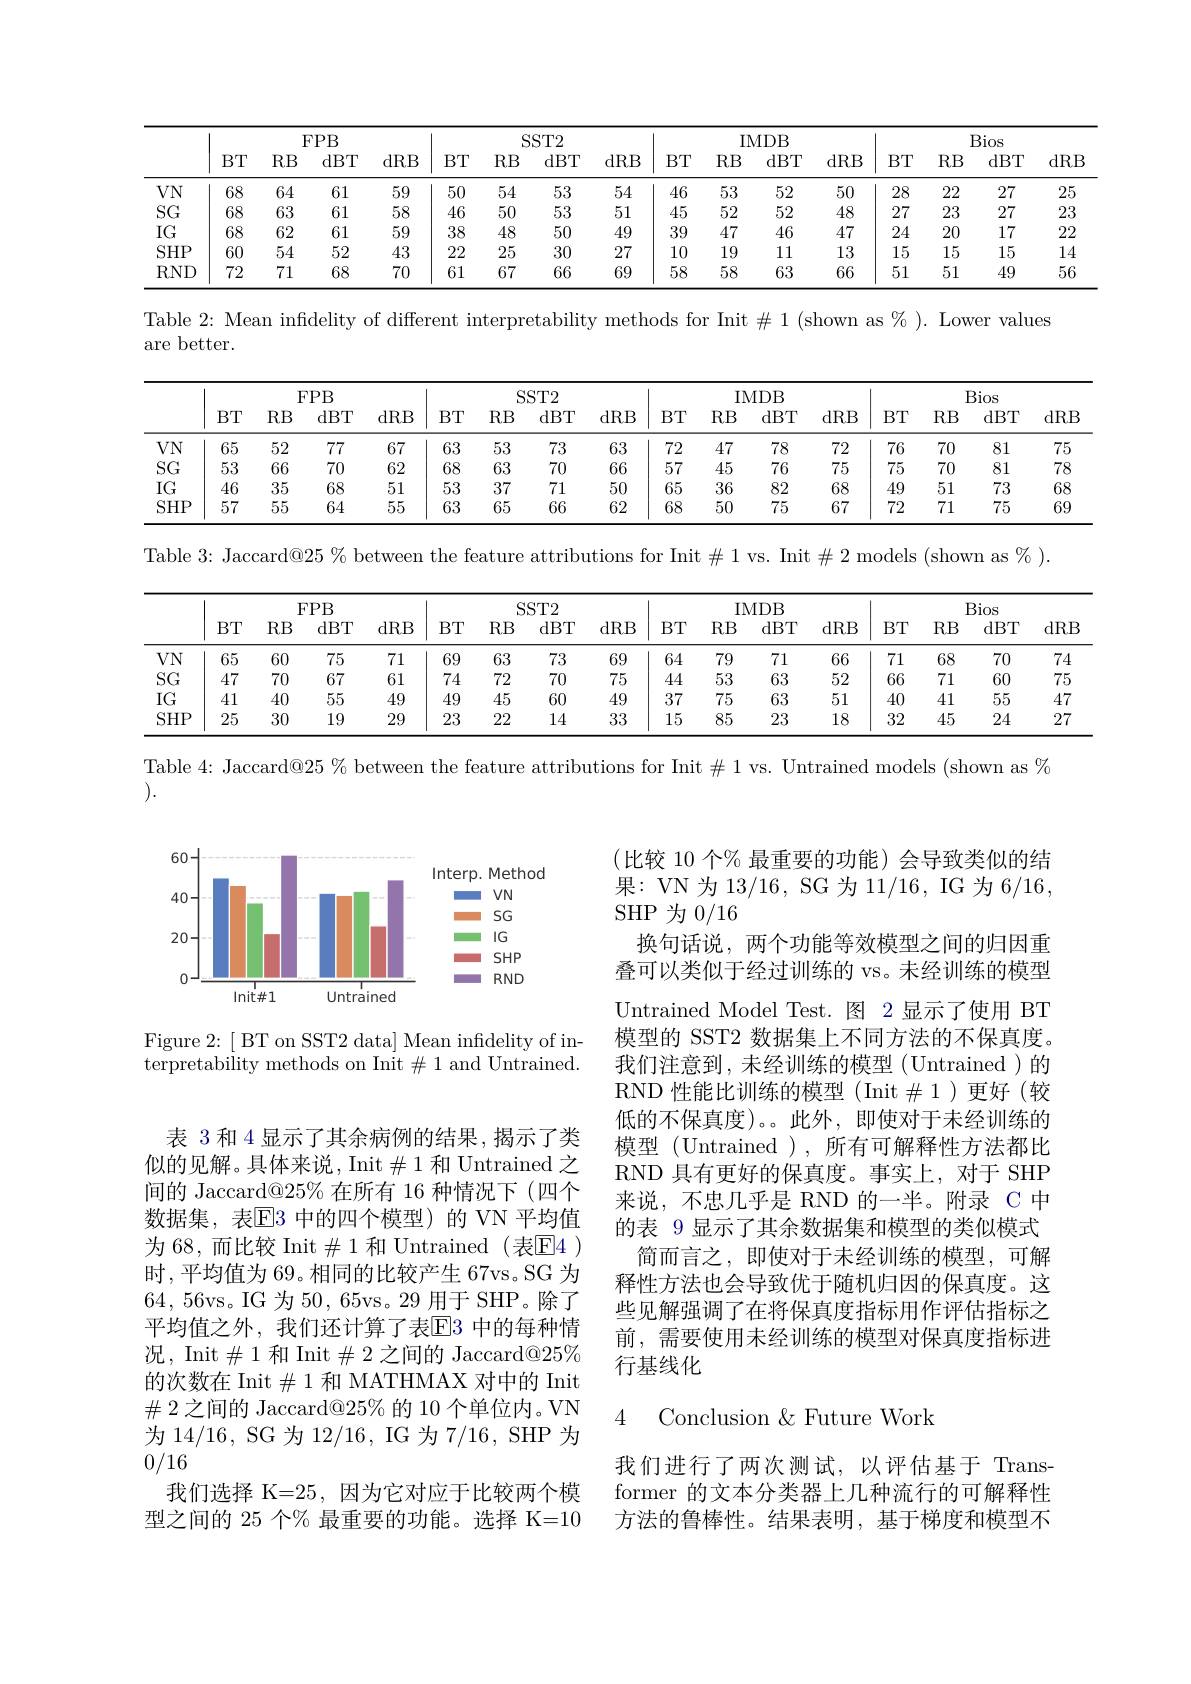
<table>
	<tbody>
		<tr>
			<th> </th>
			<th colspan="4">$FPB$</th>
			<th> </th>
			<th colspan="2">$SST2$</th>
			<th colspan="4">IMDB</th>
			<th> </th>
			<th colspan="3">Bios</th>
		</tr>
		<tr>
			<th> </th>
			<th>$BT$</th>
			<th>$RB$</th>
			<th>dBT</th>
			<th>$1RB$</th>
			<th>$BT$</th>
			<th>dBT</th>
			<th>dRB</th>
			<th>$BT$</th>
			<th>$RB$</th>
			<th>dBT 5</th>
			<th>dRB</th>
			<th>$BT$</th>
			<th>$RB$</th>
			<th>dBT</th>
			<th>dRB</th>
		</tr>
		<tr>
			<td>$VN$</td>
			<td>68</td>
			<td>64</td>
			<td>61</td>
			<td>59</td>
			<td>50</td>
			<td>53</td>
			<td>54</td>
			<td>46</td>
			<td>53</td>
			<td>52</td>
			<td>50</td>
			<td>28</td>
			<td>22</td>
			<td>27</td>
			<td>25</td>
		</tr>
		<tr>
			<td>$SG$</td>
			<td>68</td>
			<td>63</td>
			<td>61</td>
			<td>58</td>
			<td>46</td>
			<td>53</td>
			<td>51</td>
			<td>45</td>
			<td>52</td>
			<td>52</td>
			<td>48</td>
			<td>27</td>
			<td>23</td>
			<td>27</td>
			<td>23</td>
		</tr>
		<tr>
			<td>$IG$</td>
			<td>68</td>
			<td>62</td>
			<td>61</td>
			<td>59</td>
			<td>38</td>
			<td>50</td>
			<td>49</td>
			<td>39</td>
			<td>47</td>
			<td>46</td>
			<td>47</td>
			<td>24</td>
			<td>20</td>
			<td>17</td>
			<td>22</td>
		</tr>
		<tr>
			<td>$SHP$</td>
			<td>60</td>
			<td>54</td>
			<td>52</td>
			<td>43</td>
			<td>22</td>
			<td>30</td>
			<td>27</td>
			<td>10</td>
			<td>19</td>
			<td>111</td>
			<td>13</td>
			<td>15</td>
			<td>15</td>
			<td>15</td>
			<td>14</td>
		</tr>
		<tr>
			<td>$RND$</td>
			<td>72</td>
			<td>71</td>
			<td>68</td>
			<td>70</td>
			<td>61</td>
			<td>66</td>
			<td>69</td>
			<td>58</td>
			<td>58</td>
			<td>63</td>
			<td>66</td>
			<td>51</td>
			<td>51</td>
			<td>49</td>
			<td>56</td>
		</tr>
	</tbody>
</table>

Table 2: Mean infdelity of different interpretability methods for Init $\#1$ (shown as $\%).$ Lower values

are better.

<table>
	<tbody>
		<tr>
			<th> </th>
			<th colspan="4">$FPB$</th>
			<th rowspan="1">$SST2$</th>
			<th colspan="3">$SST2$</th>
			<th colspan="4">IMDB</th>
			<th> </th>
			<th colspan="3">Bios</th>
		</tr>
		<tr>
			<th> </th>
			<th>$BT$</th>
			<th>$RB$</th>
			<th>dBT</th>
			<th>dRB</th>
			<th>$BT$</th>
			<th>dBT</th>
			<th>dBT</th>
			<th>dRB</th>
			<th>$BT$</th>
			<th>$RB$</th>
			<th>dBT</th>
			<th>dRB</th>
			<th>$BT$</th>
			<th>$RB$</th>
			<th>dBT</th>
			<th>dRB</th>
		</tr>
		<tr>
			<td>$VN$</td>
			<td>65</td>
			<td>52</td>
			<td>77</td>
			<td>67</td>
			<td>63</td>
			<td>73</td>
			<td>73</td>
			<td>63</td>
			<td>72</td>
			<td>47</td>
			<td>78</td>
			<td>72</td>
			<td>76</td>
			<td>70</td>
			<td>81</td>
			<td>75</td>
		</tr>
		<tr>
			<td>$SG$</td>
			<td>53</td>
			<td>66</td>
			<td>70</td>
			<td>62</td>
			<td>68</td>
			<td>70</td>
			<td>70</td>
			<td>66</td>
			<td>57</td>
			<td>45</td>
			<td>76</td>
			<td>75</td>
			<td>75</td>
			<td>70</td>
			<td>81</td>
			<td>78</td>
		</tr>
		<tr>
			<td>$IG$</td>
			<td>46</td>
			<td>35</td>
			<td>68</td>
			<td>51</td>
			<td>53</td>
			<td>71</td>
			<td>71</td>
			<td>50</td>
			<td>65</td>
			<td>36</td>
			<td>82</td>
			<td>68</td>
			<td>49</td>
			<td>51</td>
			<td>73</td>
			<td>68</td>
		</tr>
		<tr>
			<td>$SHP$</td>
			<td>57</td>
			<td>55</td>
			<td>64</td>
			<td>55</td>
			<td>63</td>
			<td>66</td>
			<td>66</td>
			<td>62</td>
			<td>68</td>
			<td>50</td>
			<td>75</td>
			<td>67</td>
			<td>72</td>
			<td>71</td>
			<td>75</td>
			<td>69</td>
		</tr>
	</tbody>
</table>

Table 3: Jaccard@25 % between the feature attributions for Init #1 vs. Init #2 models (shown as % ).

<table>
	<tbody>
		<tr>
			<th> </th>
			<th colspan="3">$FPB$</th>
			<th> </th>
			<th> </th>
			<th colspan="2">$SST2$</th>
			<th colspan="5">IMDB</th>
			<th> </th>
			<th colspan="3">Bios</th>
		</tr>
		<tr>
			<th> </th>
			<th>$BT$</th>
			<th>$RB$</th>
			<th>dBT</th>
			<th>$1RB$</th>
			<th>$:T$ $F$</th>
			<th>dBT</th>
			<th>dRB</th>
			<th>$BT$</th>
			<th>$BT$</th>
			<th>$RB$</th>
			<th>dBT</th>
			<th>dRB</th>
			<th>$BT$</th>
			<th>$RB$</th>
			<th>dBT</th>
			<th>dRE</th>
		</tr>
		<tr>
			<td>$VN$</td>
			<td>65</td>
			<td>60</td>
			<td>75</td>
			<td>71</td>
			<td>$i9$</td>
			<td>73</td>
			<td>69</td>
			<td>64</td>
			<td>64</td>
			<td>79</td>
			<td>71</td>
			<td>66</td>
			<td>71</td>
			<td>68</td>
			<td>70</td>
			<td>74</td>
		</tr>
		<tr>
			<td>$SG$</td>
			<td>47</td>
			<td>70</td>
			<td>67</td>
			<td>61</td>
			<td>$'4$</td>
			<td>70</td>
			<td>75</td>
			<td>444</td>
			<td>444</td>
			<td>53</td>
			<td>63</td>
			<td>52</td>
			<td>66</td>
			<td>71</td>
			<td>60</td>
			<td>75</td>
		</tr>
		<tr>
			<td>$IG$</td>
			<td>41</td>
			<td>40</td>
			<td>55</td>
			<td>49</td>
			<td>[9</td>
			<td>60</td>
			<td>49</td>
			<td>37</td>
			<td>37</td>
			<td>75</td>
			<td>63</td>
			<td>51</td>
			<td>40</td>
			<td>41</td>
			<td>55</td>
			<td>47</td>
		</tr>
		<tr>
			<td>$SHP$</td>
			<td>25</td>
			<td>30</td>
			<td>19</td>
			<td>29</td>
			<td>:3</td>
			<td>14</td>
			<td>33</td>
			<td>15</td>
			<td>15</td>
			<td>85</td>
			<td>23</td>
			<td>18</td>
			<td>32</td>
			<td>45</td>
			<td>24</td>
			<td>27</td>
		</tr>
	</tbody>
</table>

Table 4: Jaccard@25 % between the feature attributions for Init $\#1$ vs. Untrained models (shown as %

).

<FigureHere>

Figure 2: [ BT on SST2 data] Mean infidelity of interpretability methods on Init$\#1$ and Untrained.

(比较 10 个% 最重要的功能)会导致类似的结果：VN 为 13/16, SG 为 11/16, IG 为 6/16, SHP 为0/16
换句话说，两个功能等效模型之间的归因重叠可以类似于经过训练的 vs。未经训练的模型Untrained Model Test. 图 2 显示了使用 BT 模型的 SST2 数据集上不同方法的不保真度。我们注意到，未经训练的模型(Untrained)的RND 性能比训练的模型 (Init$\#1$)更好(较低的不保真度)。此外，即使对于未经训练的模型 (Untrained ),所有可解释性方法都比RND 具有更好的保真度。事实上，对于 SHP 来说，不忠几乎是 RND 的一半。附录 C 中的表 9 显示了其余数据集和模型的类似模式
简而言之，即使对于未经训练的模型，可解释性方法也会导致优于随机归因的保真度。这些见解强调了在将保真度指标用作评估指标之前，需要使用未经训练的模型对保真度指标进行基线化

表 3 和 4 显示了其余病例的结果，揭示了类似的见解。具体来说，Init$\#$1 和 Untrained 之间的 Jaccard@25% 在所有 16 种情况下(四个数据集，表$\overline{\mathrm{E}}$3 中的四个模型)的 VN 平均值为 68, 而比较 Init$\#$1 和 Untrained (表E4 ) 时，平均值为 69。相同的比较产生 67vs。SG 为64,56vs。IG 为50，65vs。29 用于 SHP。除了平均值之外，我们还计算了表$\overline{\mathrm{E}}$3 中的每种情况，Init$\#$1 和 Init$\#$2 之间的 Jaccard@$25\%$ 的次数在 Init$\#$1 和 MATHMAX 对中的 Init $\#$ 2 之间的 Jaccard@25% 的 10 个单位内。VN 为 14/16, SG 为 12/16, IG 为 7/16, SHP 为0/16
我们选择 K=25,因为它对应于比较两个模型之间的 25 个% 最重要的功能。选择 K=10

### 4 Conclusion$\&$Future Work

我们进行了两次测试，以评估基于 Transformer 的文本分类器上几种流行的可解释性方法的鲁棒性。结果表明，基于梯度和模型不